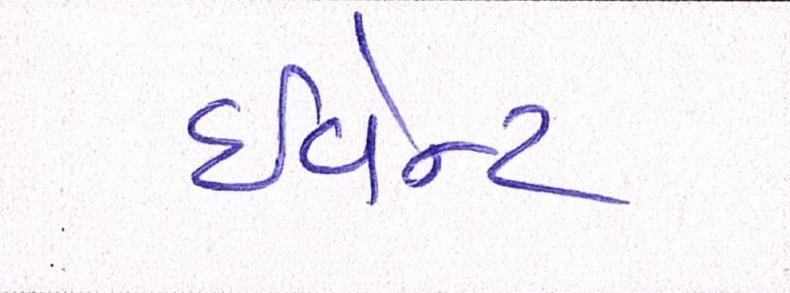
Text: ઈવેન્ટ